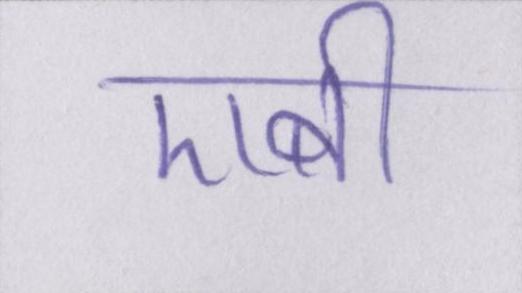
एबी